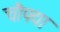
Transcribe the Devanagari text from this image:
चौपद्या